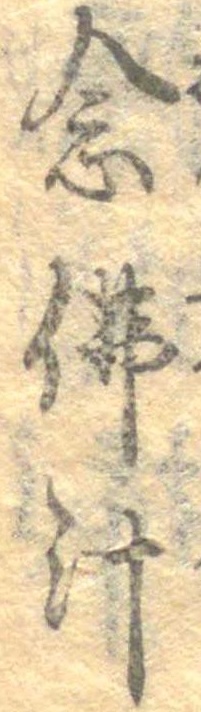
念仏汁